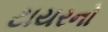
ટાયરનો